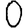
Digit: 0